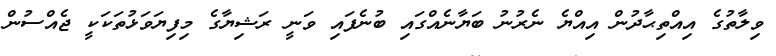
ވިލާތުގެ އިއްތިޙާދުން އިއްޔެ ނެރުނު ބަޔާނެއްގައި ބުނެފައި ވަނީ ރަޝިޔާގެ މިފިޔަވަޅުތަކަކީ ޖެއްސުން